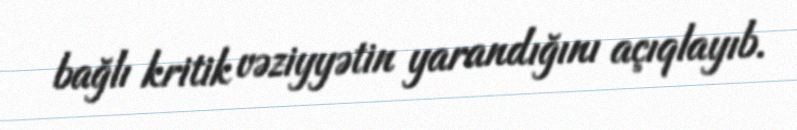
bağlı kritik vəziyyətin yarandığını açıqlayıb.